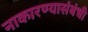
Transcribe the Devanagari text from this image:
नाकारण्यासंबंधी